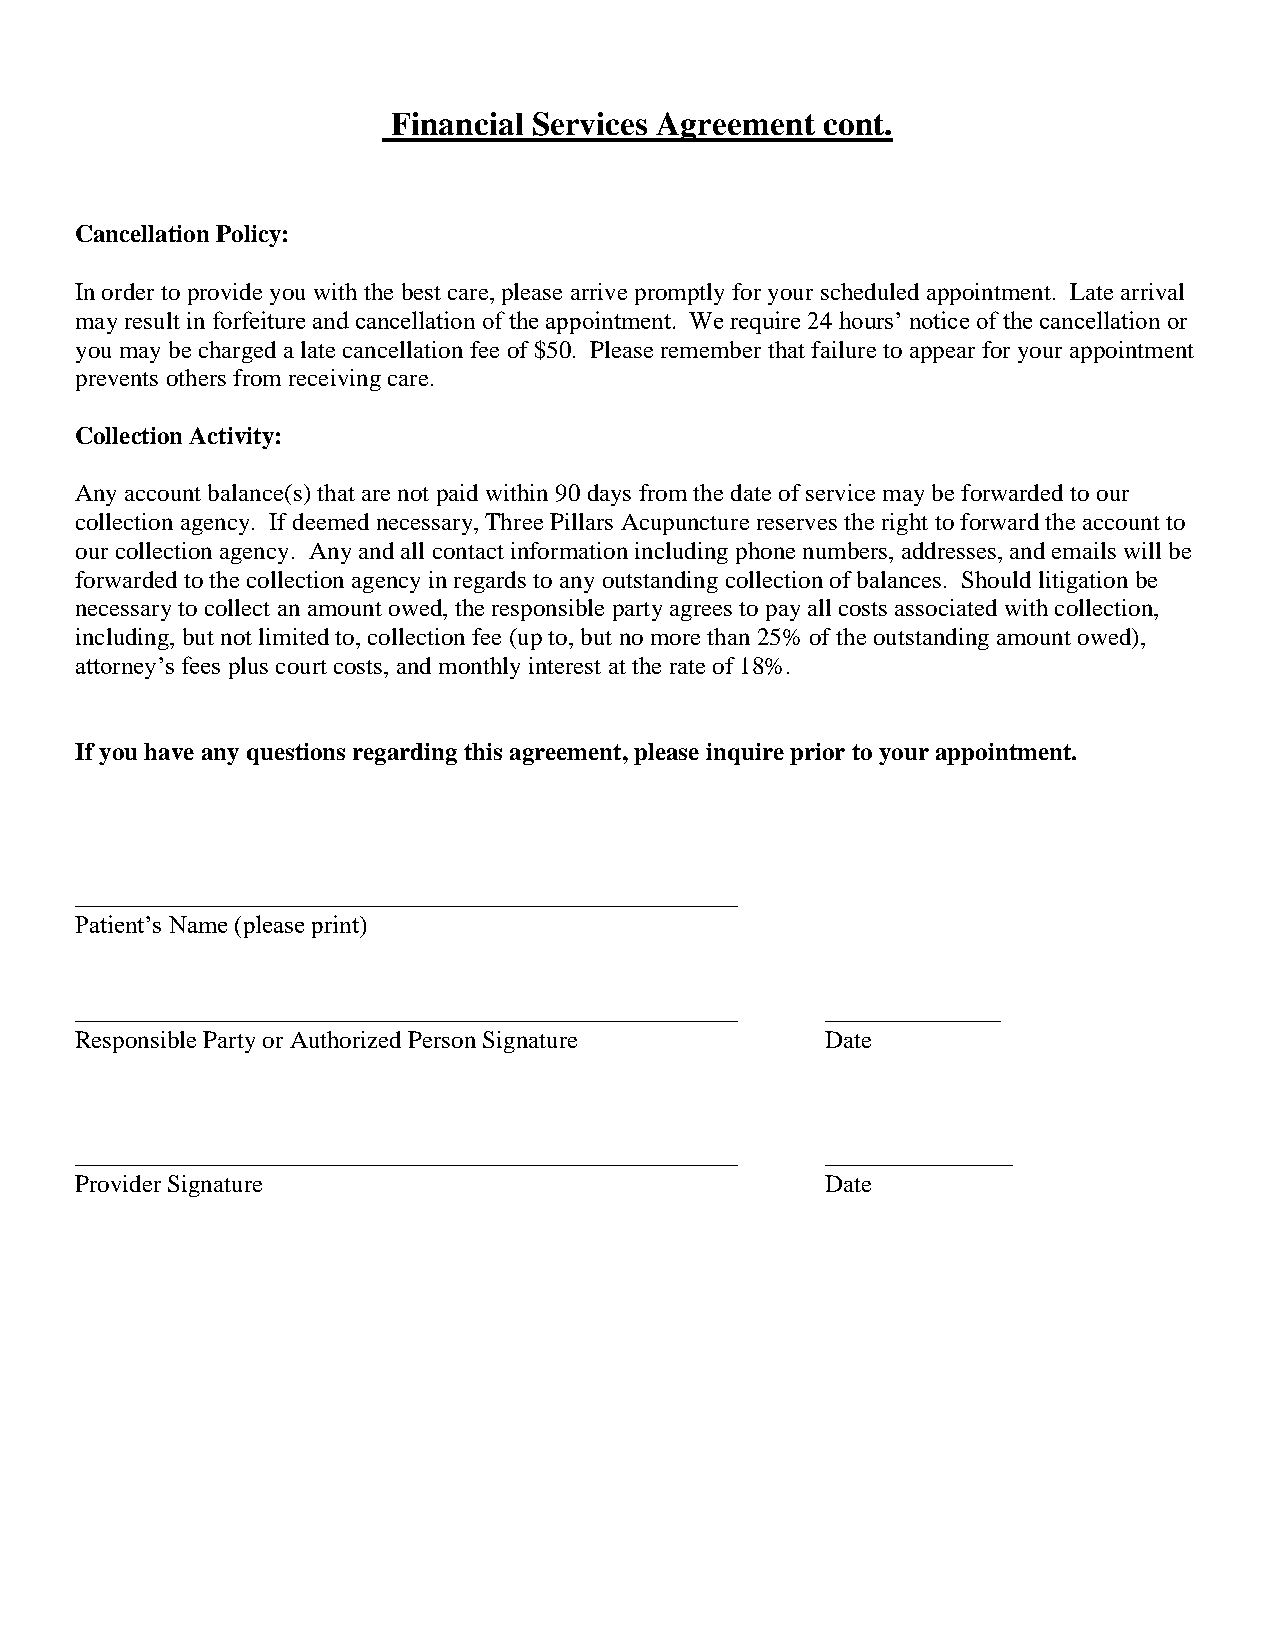
Financial Services Agreement cont.
 Cancellation Policy:
 In order to provide you with the best care, please arrive promptly for your scheduled appointment. Late arrival
 may result in forfeiture and cancellation of the appointment. We require 24 hours’ notice of the cancellation or
 you may be charged a late cancellation fee of $50. Please remember that failure to appear for your appointment
 prevents others from receiving care.
 Collection Activity:
 Any account balance(s) that are not paid within 90 days from the date of service may be forwarded to our
 collection agency. If deemed necessary, Three Pillars Acupuncture reserves the right to forward the account to
 our collection agency. Any and all contact information including phone numbers, addresses, and emails will be
 forwarded to the collection agency in regards to any outstanding collection of balances. Should litigation be
 necessary to collect an amount owed, the responsible party agrees to pay all costs associated with collection,
 including, but not limited to, collection fee (up to, but no more than 25% of the outstanding amount owed),
 attorney’s fees plus court costs, and monthly interest at the rate of 18%.
 If you have any questions regarding this agreement, please inquire prior to your appointment.
 _____________________________________________________
 Patient’s Name (please print)
 _____________________________________________________ ______________
 Responsible Party or Authorized Person Signature  Date
 _____________________________________________________ _______________
 Provider Signature                                Date